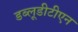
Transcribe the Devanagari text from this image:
डब्लूडीटीएन